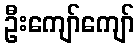
ဦးကျော်ကျော်